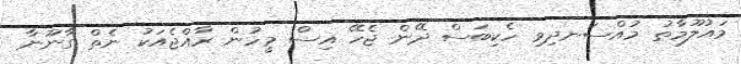
މައުލޫމާތު މުއްސަނދިވި ހެކިބަސް ދޭން ޖެހޭ އިސް މީހުން ރާއްޖެއަކު ނެތް ގާނޫނާ